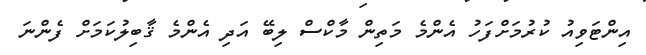
އިންޓަވިއު ކުރުމަށްފަހު އެންމެ މަތިން މާކްސް ލިބޭ އަދި އެންމެ ޤާބިލުކަމަށް ފެންނަ